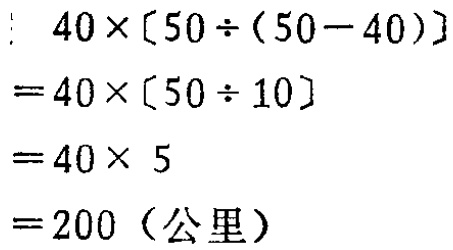
\[

\begin{align*}

&40\times[50\div(50 - 40)]\\

=&40\times[50\div10]\\

=&40\times5\\

=&200 \text{（公里）}

\end{align*}

\]